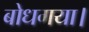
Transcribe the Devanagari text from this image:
बोधगया।